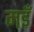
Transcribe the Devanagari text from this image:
मइँ